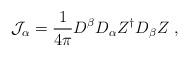
LaTeX: \begin{align*}{\cal J}_\alpha = \frac{1}{4\pi}D^\beta D_\alpha Z^\dagger D_\beta Z~,\end{align*}